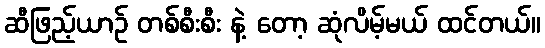
ဆီဖြည့်ယာဉ် တစ်စီးစီး နဲ့ တော့ ဆုံလိမ့်မယ် ထင်တယ်။